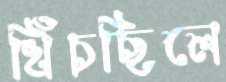
খিঁচছিলে